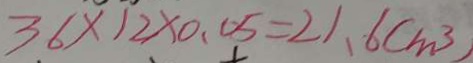
3 6 \times 1 2 \times 0 . 0 5 = 2 1 . 6 ( m ^ { 3 } )